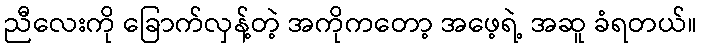
ညီလေးကို ခြောက်လှန့်တဲ့ အကိုကတော့ အဖေ့ရဲ့ အဆူ ခံရတယ်။